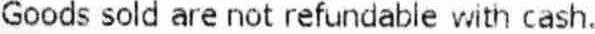
GOODS SOLD ARE NOT REFUNDABLE WITH CASH.